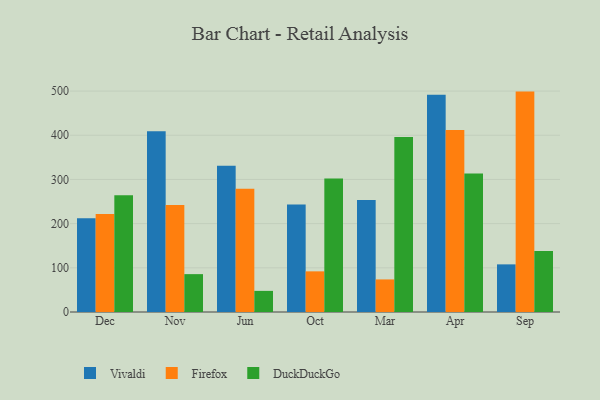
{"axis": {"x": "Month", "y": "Waste Production (Tons)"}, "legend": ["DuckDuckGo", "Firefox", "Vivaldi"], "data": [{"x": "Dec", "y": 212.2, "type": "Vivaldi"}, {"x": "Dec", "y": 221.6, "type": "Firefox"}, {"x": "Dec", "y": 264.4, "type": "DuckDuckGo"}, {"x": "Nov", "y": 408.9, "type": "Vivaldi"}, {"x": "Nov", "y": 242.3, "type": "Firefox"}, {"x": "Nov", "y": 85.7, "type": "DuckDuckGo"}, {"x": "Jun", "y": 330.8, "type": "Vivaldi"}, {"x": "Jun", "y": 279.0, "type": "Firefox"}, {"x": "Jun", "y": 47.8, "type": "DuckDuckGo"}, {"x": "Oct", "y": 243.3, "type": "Vivaldi"}, {"x": "Oct", "y": 92.0, "type": "Firefox"}, {"x": "Oct", "y": 302.4, "type": "DuckDuckGo"}, {"x": "Mar", "y": 253.6, "type": "Vivaldi"}, {"x": "Mar", "y": 73.7, "type": "Firefox"}, {"x": "Mar", "y": 396.2, "type": "DuckDuckGo"}, {"x": "Apr", "y": 491.5, "type": "Vivaldi"}, {"x": "Apr", "y": 412.1, "type": "Firefox"}, {"x": "Apr", "y": 313.5, "type": "DuckDuckGo"}, {"x": "Sep", "y": 107.8, "type": "Vivaldi"}, {"x": "Sep", "y": 498.8, "type": "Firefox"}, {"x": "Sep", "y": 138.3, "type": "DuckDuckGo"}]}